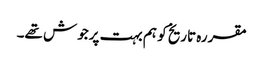
مقررہ تاریخ کو ہم بہت پرجوش تھے۔